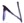
Text: N